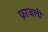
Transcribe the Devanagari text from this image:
फ़ाजली